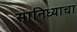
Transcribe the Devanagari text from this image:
सानिध्याचा